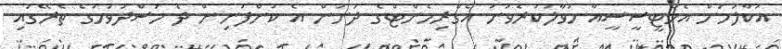
އުކާލުމަށް އެމްޓީސީސީއާ ހަވާލުކުރެވުނު އެގްރިމެންޓްގެ ދަށުން އެ ކުންފުނިން ދެ މަސްދުވަހުގެ ތެރޭގައި